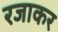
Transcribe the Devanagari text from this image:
रजाकर